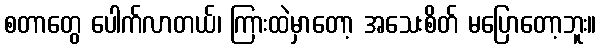
စတာတွေ ပေါက်လာတယ်၊ ကြားထဲမှာတော့ အသေးစိတ် မပြောတော့ဘူး။